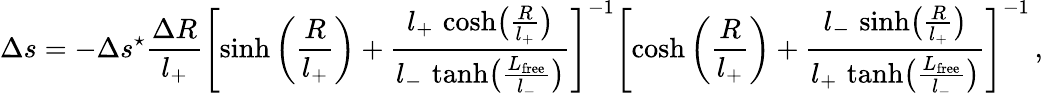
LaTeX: \Delta s=-\Delta s^{\star}\frac{\Delta R}{l_{+}}\left[\sinh\left(\frac{R}{l_{+}}\right)+\frac{l_{+}\, \cosh\bigl(\frac{R}{l_{+}}\bigr)}{l_{-}\, \operatorname{tanh}\bigl(\frac{L_{\mathrm{free}}}{l_{-}}\bigr)}\right]^{-1}\left[\cosh\left(\frac{R}{l_{+}}\right)+\frac{l_{-}\, \sinh\bigl(\frac{R}{l_{+}}\bigr)}{l_{+}\, \operatorname{tanh}\bigl(\frac{L_{\mathrm{free}}}{l_{-}}\bigr)}\right]^{-1}\, ,